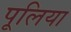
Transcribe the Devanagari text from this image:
पूलिया